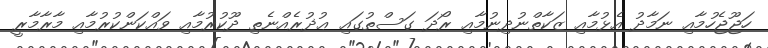
ހަޖޫޖެހުމާއި ނަމާދު އެޅުމާއި ޒަކާތްނުދިނުމާއި ރޯދަ ގަސްތުގައި ޢުޛުރެއްނެތި ދޫކުރުމާއި ވައްކަންކުރުމާއި މާރާމާރީ